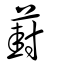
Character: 葑